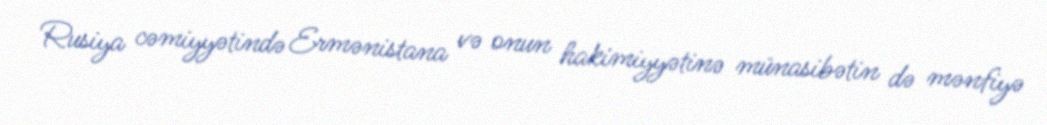
Rusiya cəmiyyətində Ermənistana və onun hakimiyyətinə münasibətin də mənfiyə